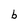
Character: b